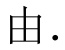
由.